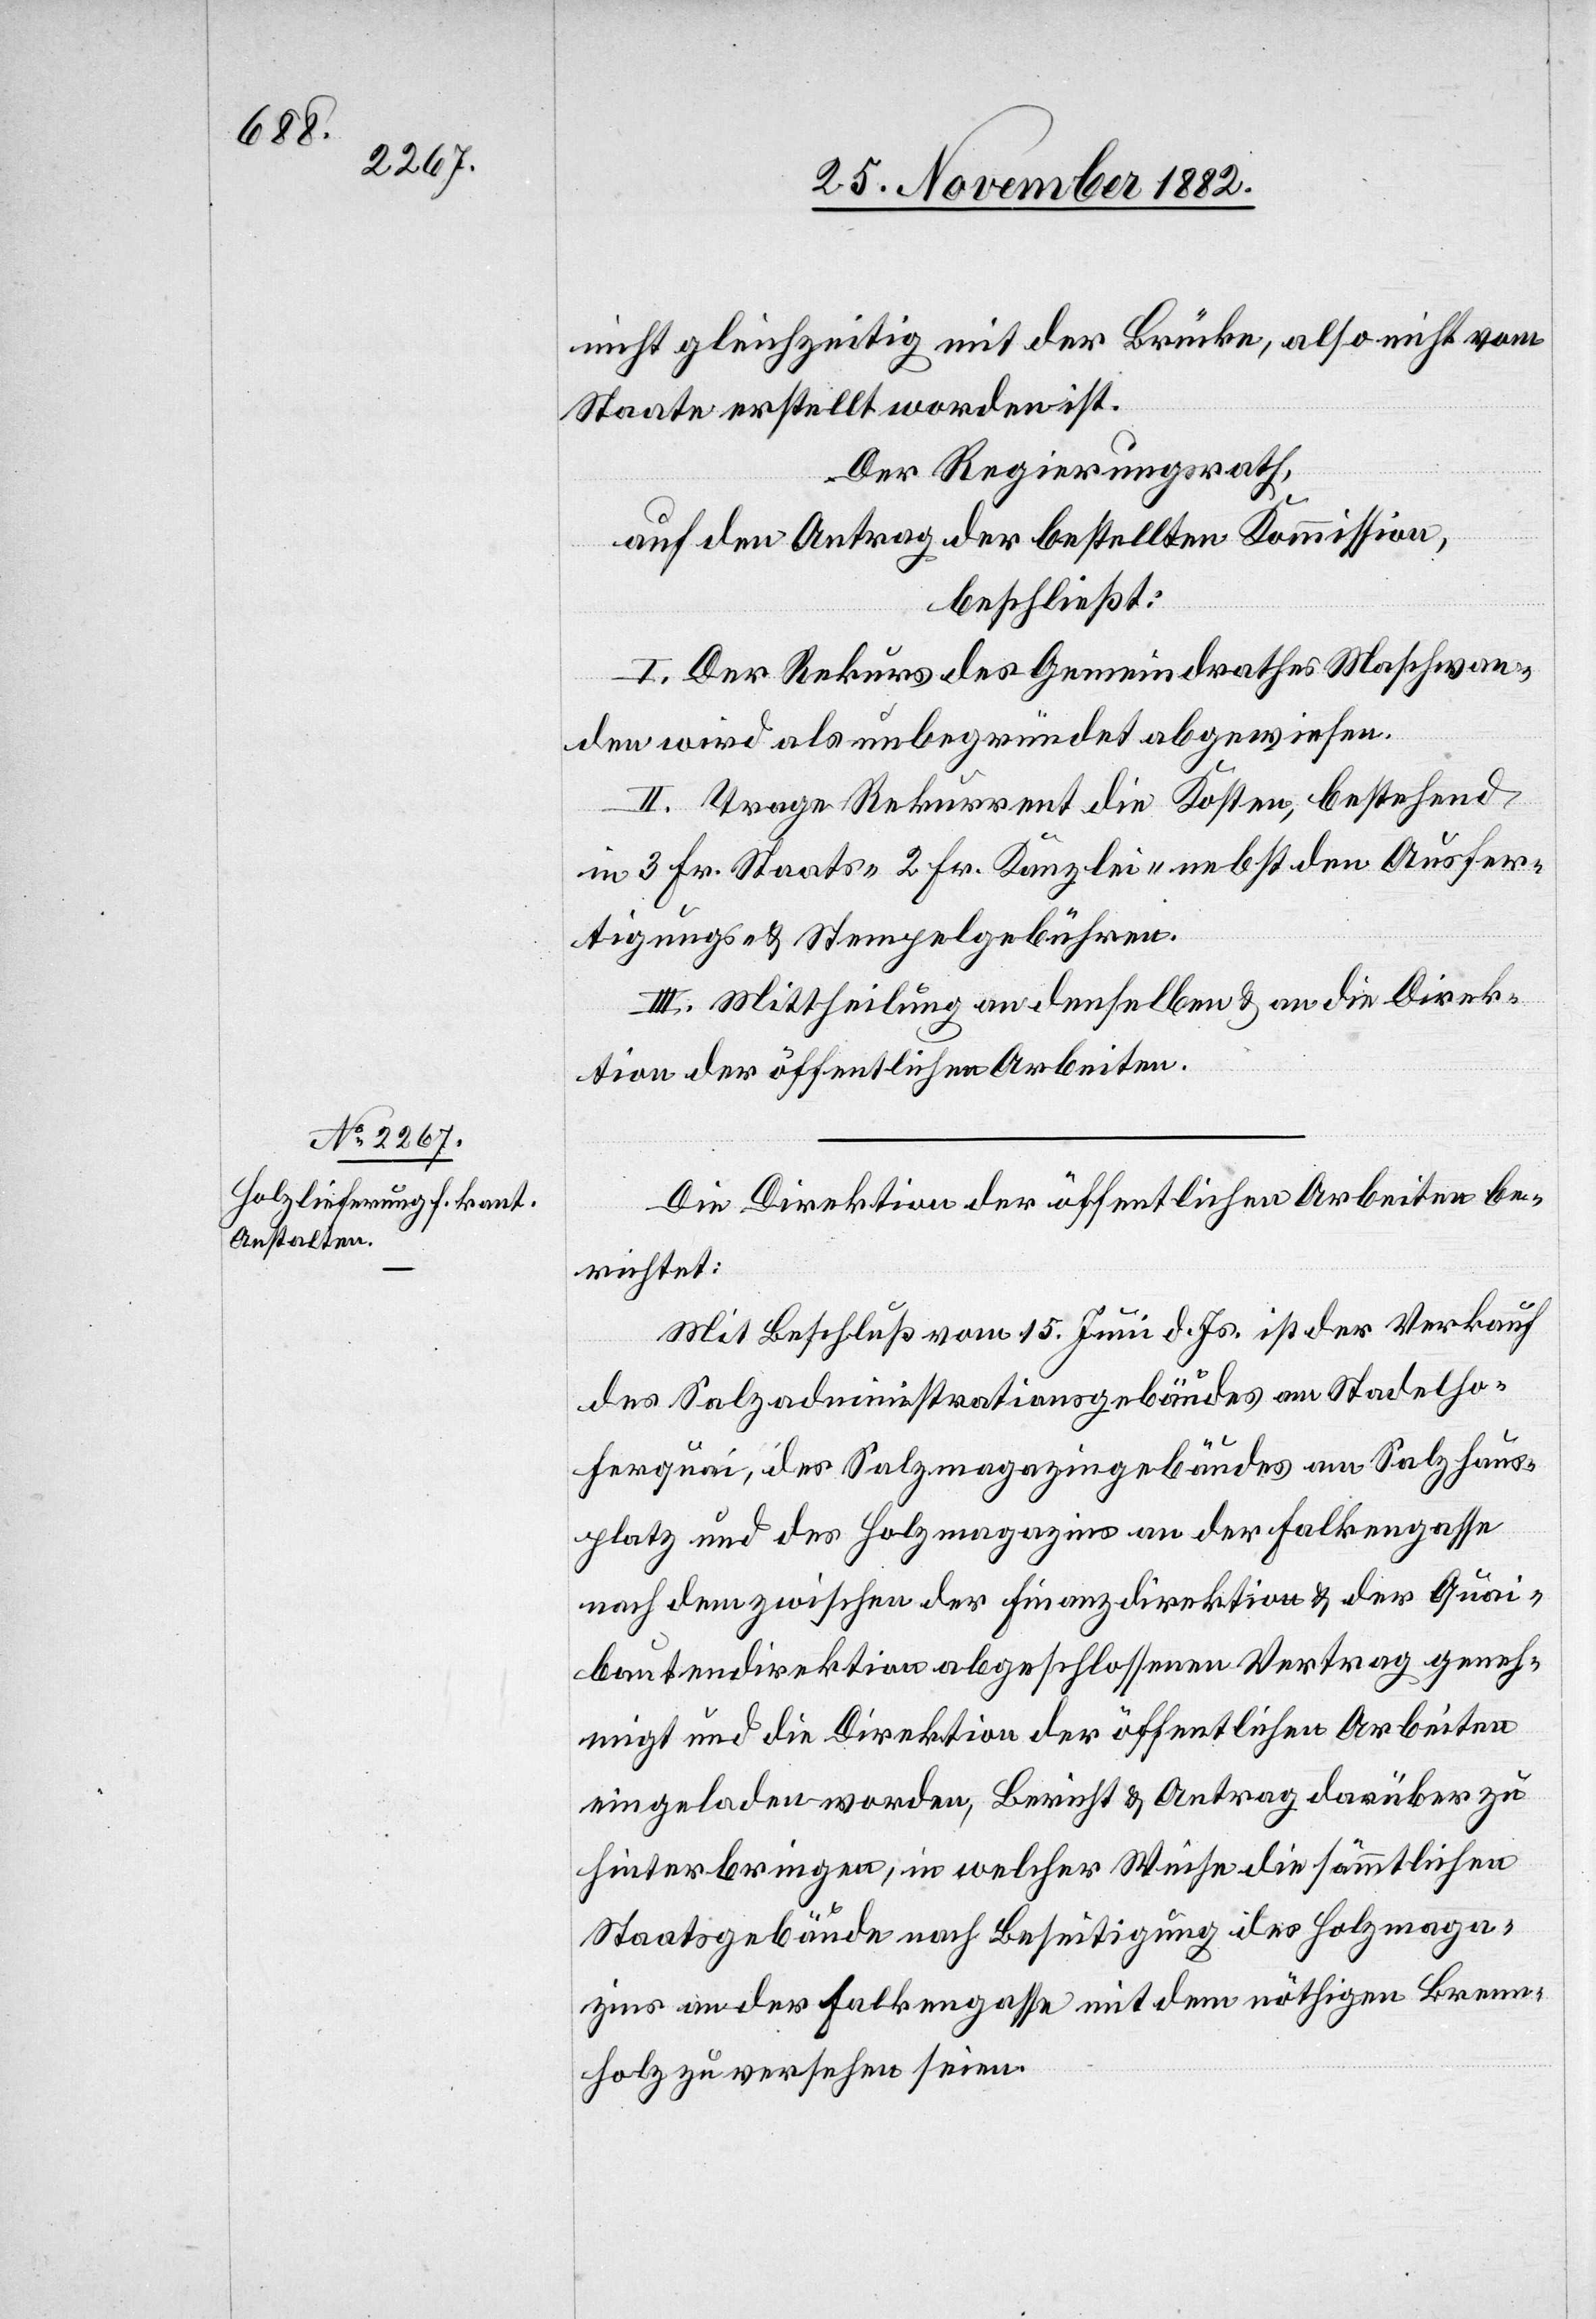
nicht gleichzeitig mit der Brücke, also nicht vom
Staate erstellt worden ist.
Der Regierungsrath,
auf den Antrag der bestellten Kommission,
beschließt:
I. Der Rekurs des Gemeindrathes Maschwan¬
den wird als unbegründet abgewiesen.
II. Trage Rekurrent die Kosten, bestehend
in 3 Fr. Staats- 2 Fr. Kanzlei- nebst den Ausfer¬
tigungs- & Stempelgebühren.
III. Mittheilung an denselben & an die Direk¬
tion der öffentlichen Arbeiten.
Die Direktion der öffentlichen Arbeiten be¬
richtet:
Mit Beschluß vom 15. Juni d. Js. ist der Verkauf
des Salzadministrationsgebäudes am Stadelho¬
ferquai, des Salzmagazingebäudes am Salzhaus¬
platz und des Holzmagazins an der Falkengasse
nach dem zwischen der Finanzdirektion & der Quai¬
bautendirektion abgeschlossenen Vertrag geneh¬
migt und die Direktion der öffentlichen Arbeiten
eingeladen worden, Bericht & Antrag darüber zu
hinterbringen, in welcher Weise die sämmtlichen
Staatsgebäude nach Beseitigung des Holzmaga¬
zins an der Falkengasse mit dem nöthigen Brenn¬
holz zu versehen seien.